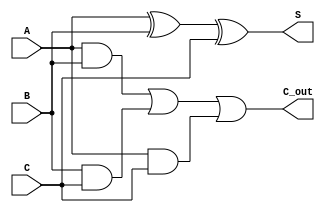
module CSA_3input (
    input  [3:0] A, // 4-bit input A
    input  [3:0] B, // 4-bit input B
    input  [3:0] C, // 4-bit input C
    output [3:0] S, // Sum output
    output [3:0] C_out // Carry output
);

    assign S = A ^ B ^ C;        // Sum as XOR of inputs
    assign C_out = (A & B) | (B & C) | (A & C); // Carry as OR of ANDs

endmodule